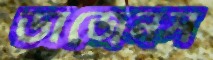
ডাজেনস